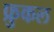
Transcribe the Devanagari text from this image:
फ्रुकल